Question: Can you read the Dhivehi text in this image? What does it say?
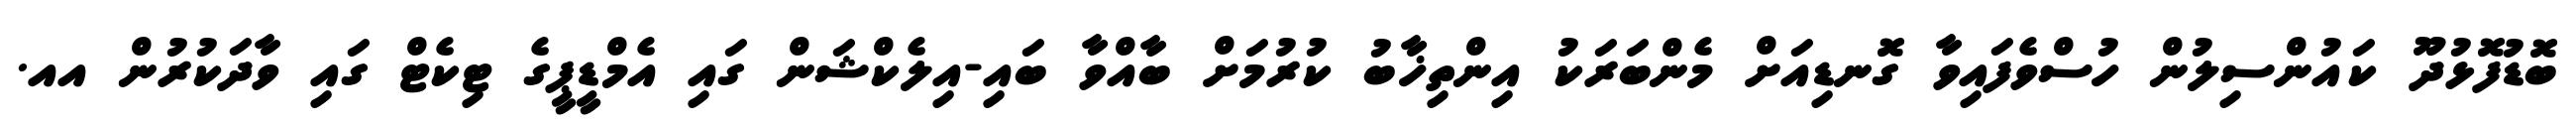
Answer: ބޮޑުފޮޅުދޫ ކައުންސިލުން ހުސްވެފައިވާ ގޮނޑިއަށް މެންބަރަކު އިންތިޚާބު ކުރުމަށް ބާއްވާ ބައި-އިލެކްޝަން ގައި އެމްޑީޕީގެ ޓިކެޓް ގައި ވާދަކުރުން އއ.